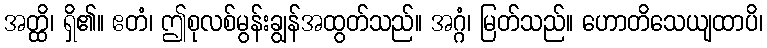
အတ္ထိ၊ ရှိ၏။ ဧတံ၊ ဤစုလစ်မွန်းချွန်အထွတ်သည်။ အဂ္ဂံ၊ မြတ်သည်။ ဟောတိသေယျထာပိ၊